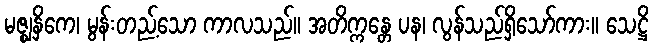
မဇ္ဈနှိကေ၊ မွန်းတည့်သော ကာလသည်။ အတိက္ကန္တေ ပန၊ လွန်သည်ရှိသော်ကား။ သေဋ္ဌိ